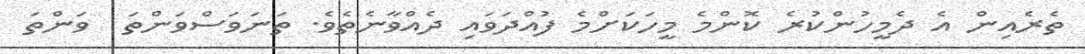
ތެރެއިން އެ ދެމީހުންކުރެ ކޮންމެ މީހަކަށްމެ ފުއްދަވައި ދެއްވާނެތެވެ. ތަނަވަސްވަންތަ  ވަންތަ